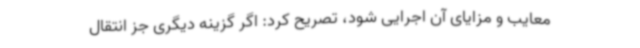
معایب و مزایای آن اجرایی شود، تصریح کرد: اگر گزینه دیگری جز انتقال